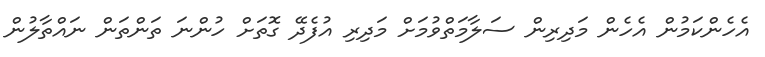
އެހެންކަމުން އެހެން މަދިރިން ސަލާމަތްވުމަށް މަދިރި އުފެދޭ ގޮތަށް ހުންނަ ތަންތަން ނައްތާލުން